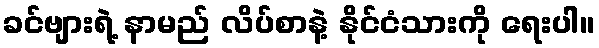
ခင်ဗျားရဲ့ နာမည် လိပ်စာနဲ့ နိုင်ငံသားကို ရေးပါ။